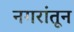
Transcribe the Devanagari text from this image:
नगरांतून